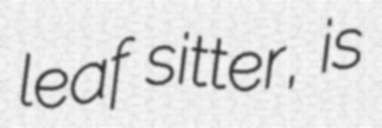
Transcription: leaf sitter, is